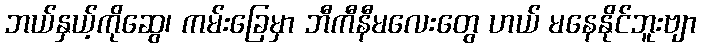
ဘယ်နှယ့်ကိုဆွေ၊ ကမ်းခြေမှာ ဘီကီနီမလေးတွေ ဟယ် မနေနိုင်ဘူးဗျာ